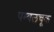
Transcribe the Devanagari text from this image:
पम्बलचूक